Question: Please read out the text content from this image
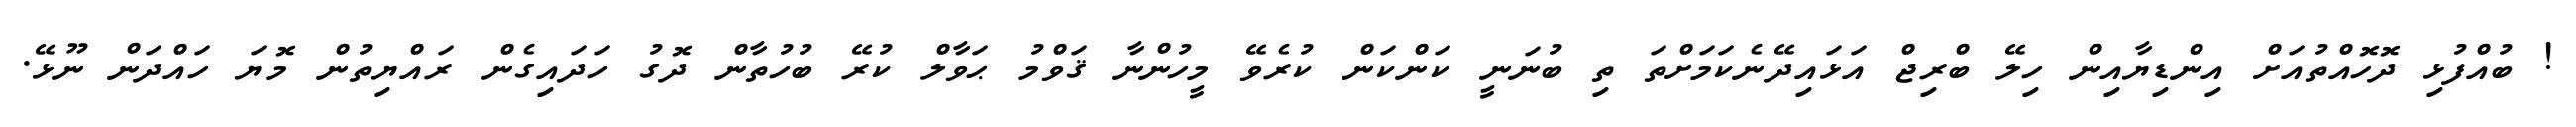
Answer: ! ބުއްފުޅި ދޮހޮއްތުއަށް އިންޑިޔާއިން ހިލޭ ބްރިޖް އަޅައިދޭނެކަމަށްތަ ތި ބުނަނީ ކަންކަން ކުރެވޭ މީހުންނާ ޤަވްމު ޙަވާލް ކުރޭ ބުހުތާން ދޮގު ހަދައިގެން ރައްޔިތުން މޮޔަ ހައްދަން ނޫޅޭ.